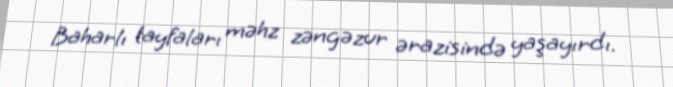
Baharlı tayfaları məhz zəngəzur ərazisində yaşayırdı.